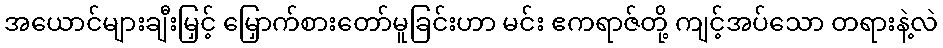
အယောင်များချီးမြှင့် မြှောက်စားတော်မူခြင်းဟာ မင်း ဧကရာဇ်တို့ ကျင့်အပ်သော တရားနဲ့လဲ